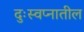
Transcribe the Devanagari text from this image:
दुःस्वप्नातील